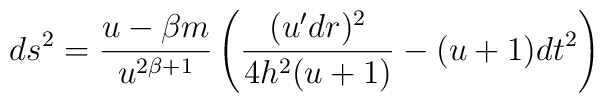
ds^2 = \frac{u - \beta m}{u^{2 \beta + 1}} \left(\frac{(u^\prime dr)^2}{4 h^2 (u+1)} - (u+1) dt^2 \right)